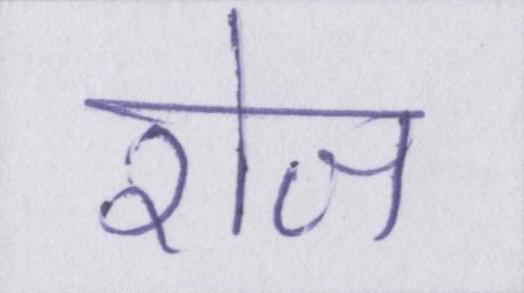
रोज